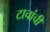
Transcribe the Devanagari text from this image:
टाचांची